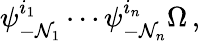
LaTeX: \psi_{-\mathcal{N}_{1}}^{i_{1}}\cdots\psi_{-\mathcal{N}_{n}}^{i_{n}}\Omega\, ,